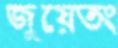
জুয়েতং